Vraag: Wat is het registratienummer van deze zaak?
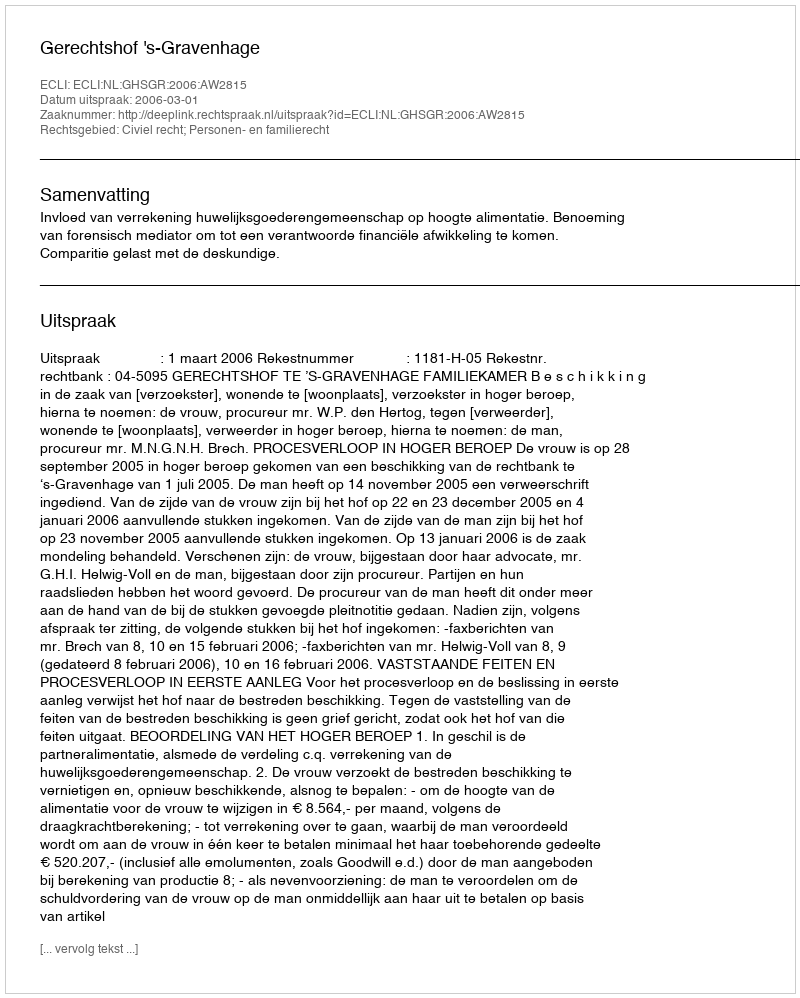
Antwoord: http://deeplink.rechtspraak.nl/uitspraak?id=ECLI:NL:GHSGR:2006:AW2815